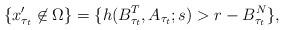
LaTeX: \begin{align*}\{x'_{\tau_t}\not\in \Omega\}=\{h(B^T_{\tau_t}, A_{\tau_t};s)>r-B^N_{\tau_t}\},\end{align*}